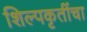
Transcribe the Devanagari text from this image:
शिल्पकृतींचा